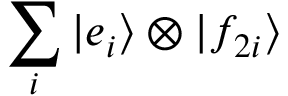
\sum _ { i } | e _ { i } \rangle \otimes | f _ { 2 i } \rangle